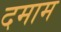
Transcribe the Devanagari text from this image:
दमाम